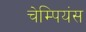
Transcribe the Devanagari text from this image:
चेम्पियंस